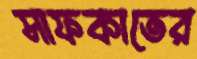
সাফকাতের